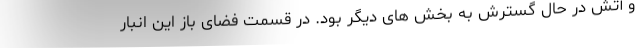
و آتش در حال گسترش به بخش های دیگر بود. در قسمت فضای باز این انبار